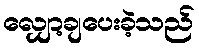
လျှော့ချပေးခဲ့သည်